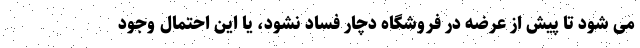
می شود تا پیش از عرضه در فروشگاه دچار فساد نشود، یا این احتمال وجود